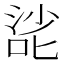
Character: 𰈌